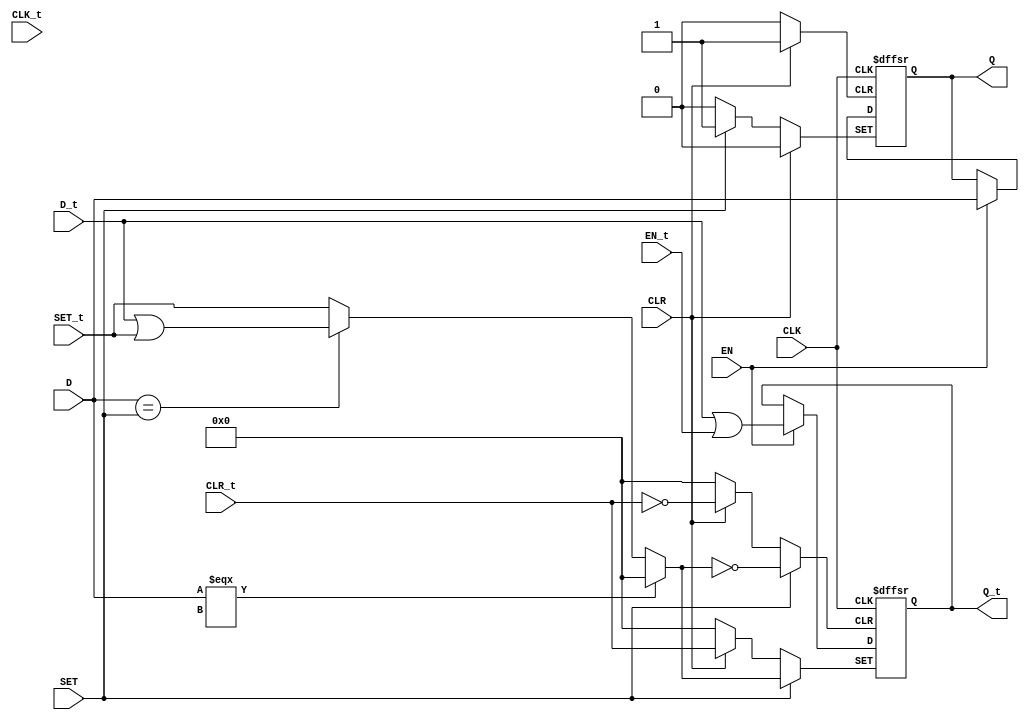
/* Generated by Yosys 0.20 (git sha1 4fcb95ed087, clang  -fPIC -Os) */

(* dynports =  1  *)
(* src = "dffsre.v:1.1-30.10" *)
module m_0( CLK, CLK_t,CLR, CLR_t, D, D_t, EN, EN_t, Q, Q_t, SET, SET_t);
  (* src = "dffsre.v:9.7-9.10" *)
  input CLK;
  wire CLK;
  (* src = "dffsre.v:10.24-10.27" *)
  input CLR;
  wire CLR;
  (* src = "dffsre.v:10.29-10.30" *)
  input D;
  wire D;
  (* src = "dffsre.v:9.12-9.14" *)
  input EN;
  wire EN;
  (* src = "dffsre.v:11.24-11.25" *)
  output Q;
  reg Q;
  (* src = "dffsre.v:10.19-10.22" *)
  input SET;
  wire SET;
  
  input [31:0] CLK_t;
  input [31:0] D_t;
  input [31:0] EN_t;
  input [31:0] SET_t;
  input [31:0] CLR_t;
  output reg [31:0] Q_t;

  initial begin
      Q_t = 0;
  end

  (* src = "dffsre.v:20.3-26.18" *)
  always @(posedge CLK, posedge SET, posedge CLR)
    if (CLR) begin
    Q <= 1'b0;
    Q_t <= CLR_t;
    end
    else if (SET) begin
     Q <= 1'b1;
     Q_t <= (^D === 1'bx) ? 0 : ((D == SET) ? (D_t | SET_t) : SET_t);
    end
    else if (EN) begin
     Q <= D;
     Q_t <= D_t | EN_t;
     end
endmodule